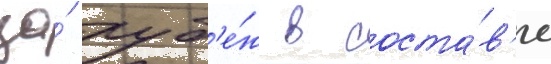
за́ руб'е́ж в соста́в'е